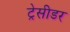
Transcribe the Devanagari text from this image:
ट्रेसीडर